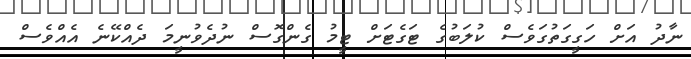
ނާދު އަށް ހަގީގަތުގަވެސް ކުލަބުގެ ޓަގެޓަށް ޓީމު ގެންގޮސް ނުދެވުނީމަ ދެއްކޭނެ އެއްވެސް